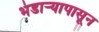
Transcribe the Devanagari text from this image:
भंडाऱ्यापासून